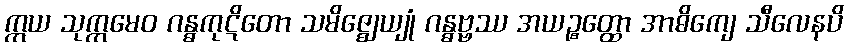
ဣယ သုက္ကမေဝ ဂန္ဓကုဋိတော သမိဇ္ဈေယျုံ ဂန္ဓဗ္ဗဿ အယဉ္စတ္ထော အာဓိကျေ သီလေနပိ